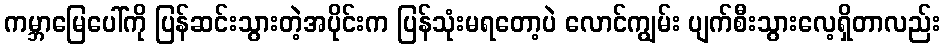
ကမ္ဘာမြေပေါ်ကို ပြန်ဆင်းသွားတဲ့အပိုင်းက ပြန်သုံးမရတော့ပဲ လောင်ကျွမ်း ပျက်စီးသွားလေ့ရှိတာလည်း